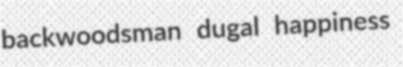
backwoodsman dugal happiness